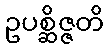
ဥပစ္ဆိဇ္ဇတိ